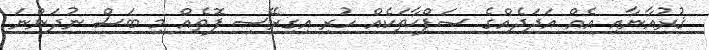
ޤުރުއާނާއި އެއް އަދަދެއްގެ ޞަފްޙާތަކެއް ހުރި އިގިރޭސި ފޮތެއް މި ބަސް ނުދަންނަ